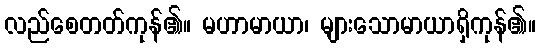
လည်စေတတ်ကုန်၏။ မဟာမာယာ၊ များသောမာယာရှိကုန်၏။